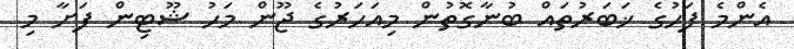
އެންމެ ފަހުގެ ޚަބަރުތައް ބުނާގޮތުން މިއަަހަރުގެ ޖޫން މަހު ޝޫޓިން ފަށާ މި